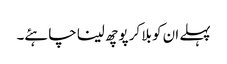
پہلے ان کو بلا کر پوچھ لینا چاہئے۔